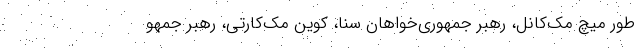
طور میچ مک‌کانل، رهبر جمهوری‌خواهان سنا، کوین مک‌کارتی، رهبر جمهو